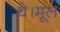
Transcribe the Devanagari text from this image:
थे।मूल